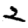
Digit: 2